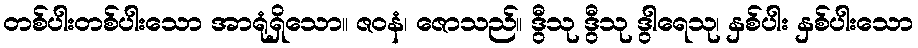
တစ်ပါးတစ်ပါးသော အာရုံရှိသော။ ဇဝနံ၊ ဇောသည်။ ဒွီသု ဒွီသု ဒွါရေသု၊ နှစ်ပါး နှစ်ပါးသော